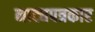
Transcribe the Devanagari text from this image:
नाट्यपत्रकार